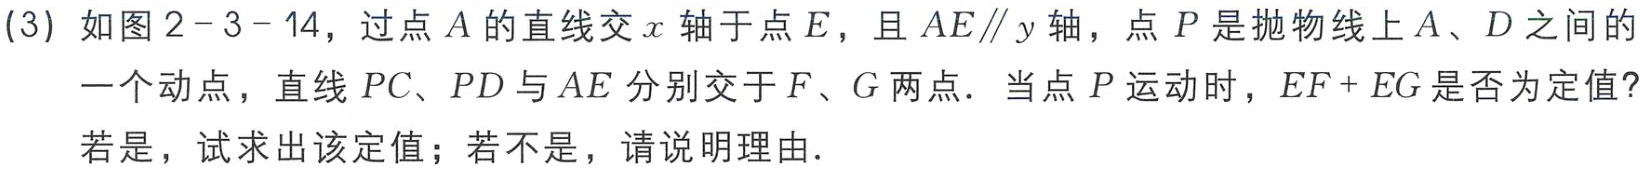
(3) 如图2 - 3 - 14，过点$A$的直线交$x$轴于点$E$，且$AE\parallel y$轴，点$P$是抛物线上$A$、$D$之间的一个动点，直线$PC$、$PD$与$AE$分别交于$F$、$G$两点．当点$P$运动时，$EF + EG$是否为定值？若是，试求出该定值；若不是，请说明理由．